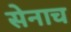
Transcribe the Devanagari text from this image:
सेनाच